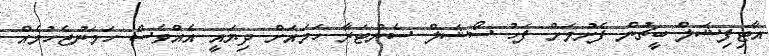
އާޓިފިޝަލް ބީޗުން ފެށުމަށް ފަހު ސޯޝަލް ސެންޓަރާ ހަމައަށް ދިޔައީ އެއްވެސް ހަމަނުޖެހުމެއް